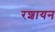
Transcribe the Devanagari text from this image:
रशायन